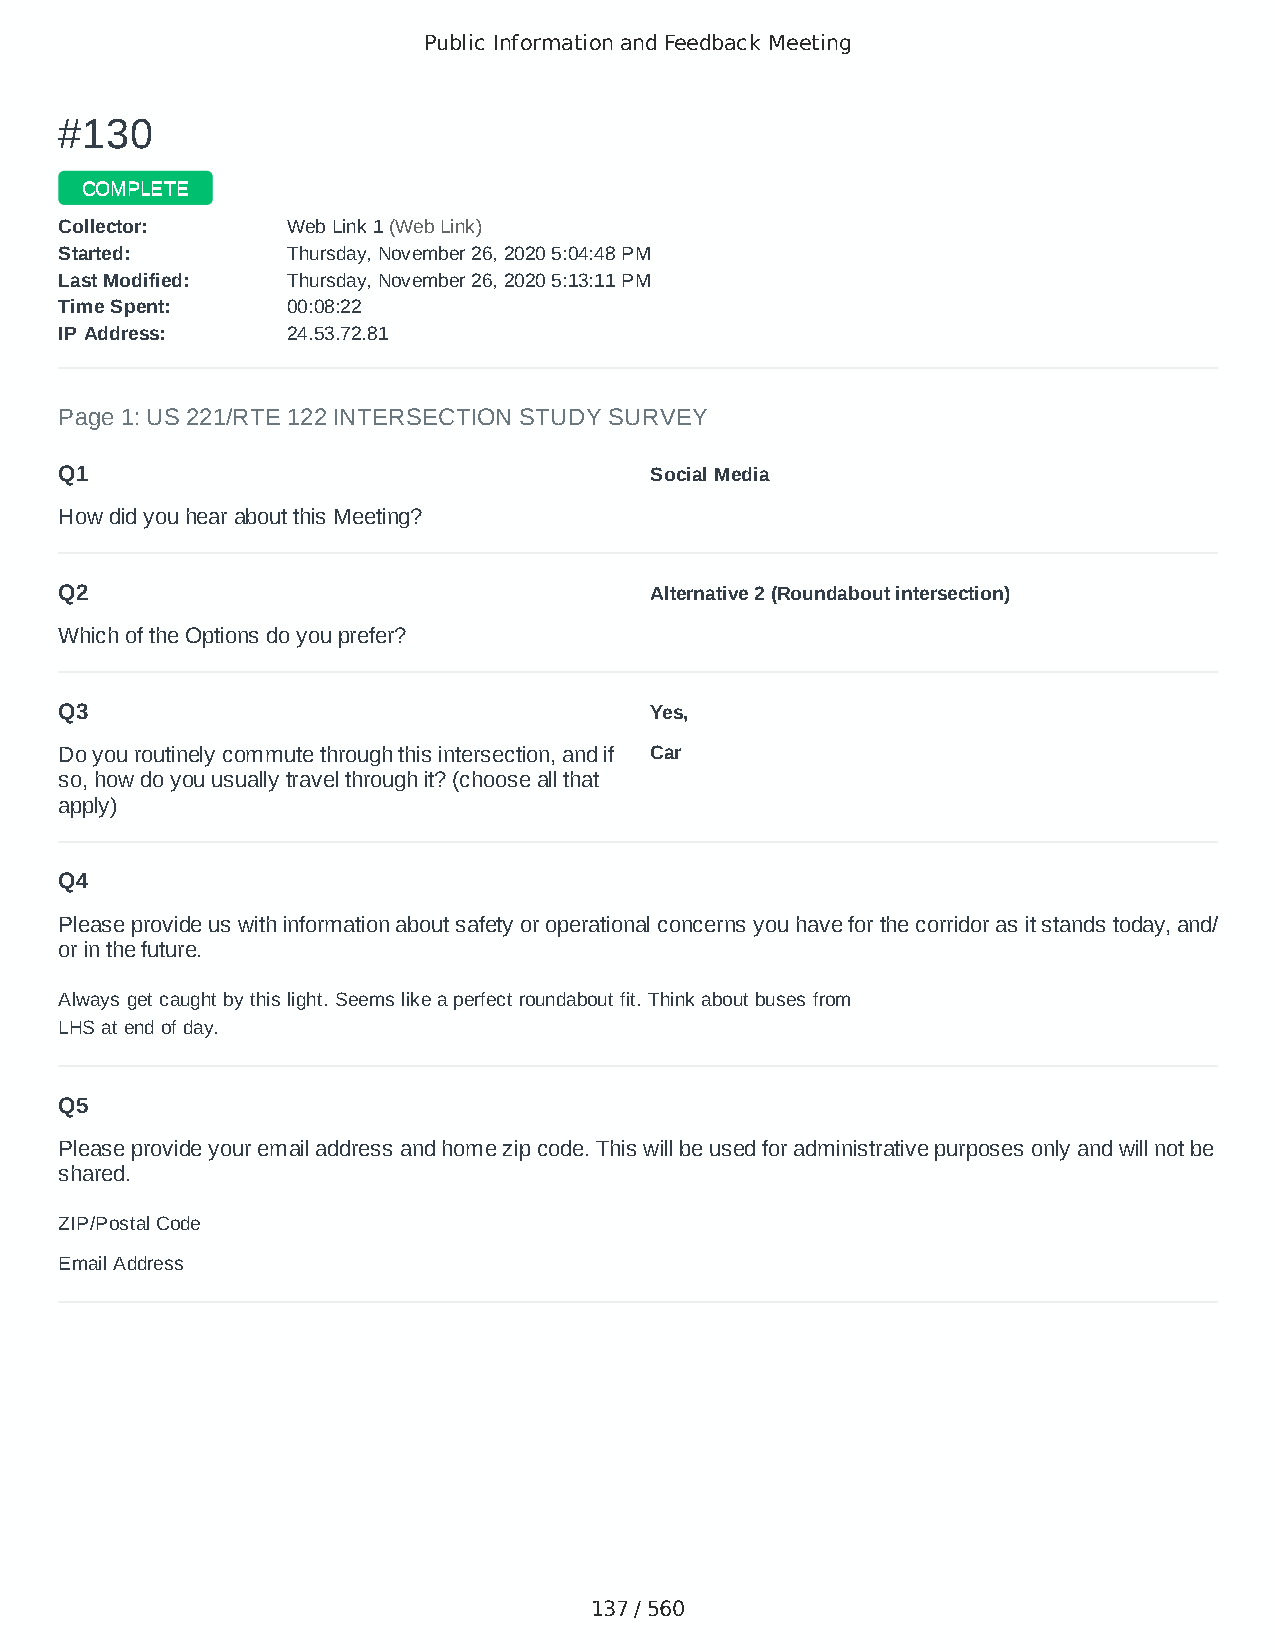
Public Information and Feedback Meeting
 ##113300
 CCOOMMPPLLEETTEE
 CCoolllleeccttoorr:: WWeebb LLiinnkk 11 ((WWeebb LLiinnkk))
 SSttaarrtteedd:: TThhuurrssddaayy,, NNoovveemmbbeerr 2266,, 22002200 55::0044::4488 PPMM
 LLaasstt MMooddiiffiieedd:: TThhuurrssddaayy,, NNoovveemmbbeerr 2266,, 22002200 55::1133::1111 PPMM
 TTiimmee SSppeenntt:: 0000::0088::2222
 IIPP AAddddrreessss:: 2244..5533..7722..8811
 Page 1: US 221/RTE 122 INTERSECTION STUDY SURVEY
 Q1                                     Social Media
 How did you hear about this Meeting?
 Q2                                     Alternative 2 (Roundabout intersection)
 Which of the Options do you prefer?
 Q3                                     Yes,
 Do you routinely commute through this intersection, and if Car
 so, how do you usually travel through it? (choose all that
 apply)
 Q4
 Please provide us with information about safety or operational concerns you have for the corridor as it stands today, and/
 or in the future.
 Always get caught by this light. Seems like a perfect roundabout fit. Think about buses from
 LHS at end of day.
 Q5
 Please provide your email address and home zip code. This will be used for administrative purposes only and will not be
 shared.
 ZIP/Postal Code                        24523
 Email Address                          jonathan_buttram@yahoo.com
 137 / 560